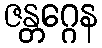
ဇန္တဂ္ဂေန